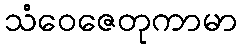
သံဝေဇေတုကာမာ